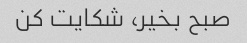
صبح بخیر، شکایت کن